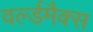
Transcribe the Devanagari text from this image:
वर्ल्डमैक्स